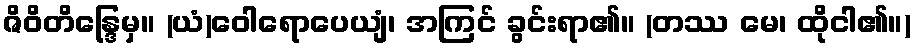
ဇိဝိတိန္ဒြေမှ။ (ယံ)ဝေါရောပေယျံ၊ အကြင် ခွင်းရာ၏။ (တဿ မေ၊ ထိုငါ၏။)